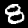
Label: 8